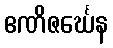
ဧဏိဇင်္ဃေန